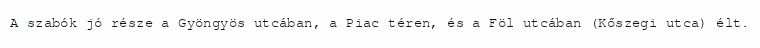
A szabók jó része a Gyöngyös utcában, a Piac téren, és a Föl utcában (Kőszegi utca) élt.